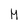
Character: M